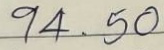
94 . 50